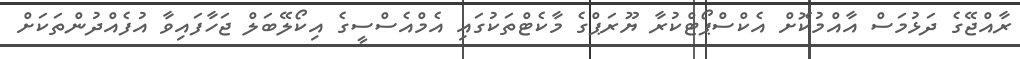
ރާއްޖޭގެ ދަޅުމަސް އާއްމުކޮށް އެކްސްޕޯޓްކުރާ ޔޫރަޕްގެ މާކެޓްތަކުގައި އެމްއެސްސީގެ އިކޯލޭބަލް ޖަހާފައިވާ އުފެއްދުންތަކަށް